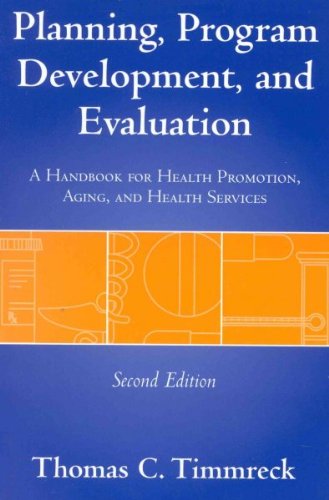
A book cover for Planning, Program Development And Evaluation; Thomas C. Timmreck; Medical Books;